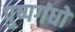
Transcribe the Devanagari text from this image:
पुष्पगंधों